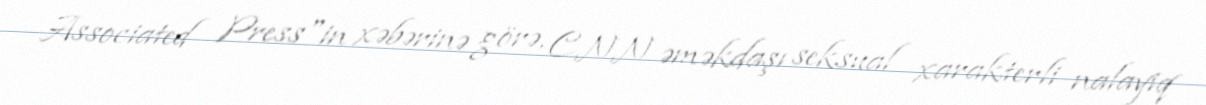
Associated Press"in xəbərinə görə, CNN əməkdaşı seksual xarakterli nalayiq